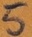
Text: 5